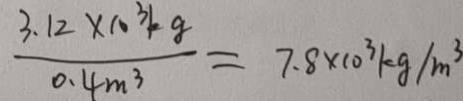
\frac { 3 . 1 2 \times 1 0 ^ { 3 } k g } { 0 . 4 m ^ { 3 } } = 7 . 8 \times 1 0 ^ { 3 } k g / m ^ { 3 }